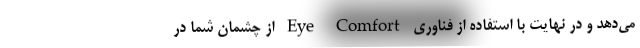
می‌دهد و در نهایت با استفاده از فناوری Eye Comfort از چشمان شما در